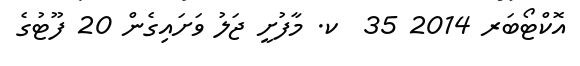
އޮކްޓޯބަރ 2014 35  ކ. މާފުށީ ޖަލު ވަށައިގެން 20 ފޫޓުގެ